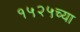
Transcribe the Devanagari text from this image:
१५२५च्या